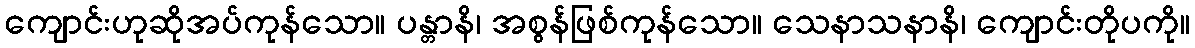
ကျောင်းဟုဆိုအပ်ကုန်သော။ ပန္တာနိ၊ အစွန်ဖြစ်ကုန်သော။ သေနာသနာနိ၊ ကျောင်းတိုပကို။